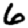
Digit: 6